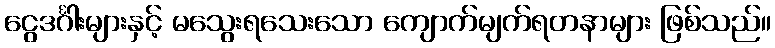
ငွေဒင်္ဂါးများနှင့် မသွေးရသေးသော ကျောက်မျက်ရတနာများ ဖြစ်သည်။